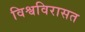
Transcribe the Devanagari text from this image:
विश्वविरासत